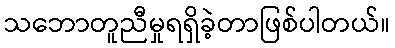
သဘောတူညီမှုရရှိခဲ့တာဖြစ်ပါတယ်။